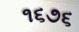
૧૬૭૬